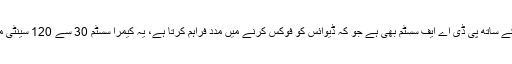
گوگل نے اس میں فرنٹ پر ڈوئل کیمرا سیٹ اپ دیا ہے جس کے ساتھ پی ڈی اے ایف سسٹم بھی ہے جو کہ ڈیوائس کو فوکس کرنے میں مدد فراہم کرتا ہے، یہ کیمرا سسٹم 30 سے 120 سینٹی میٹر کے درمیان بہترین تصاویر لینے کی صلاحیت رکھتا ہے۔